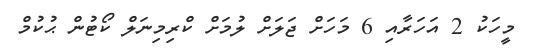
މީހަކު 2 އަހަރާއި 6 މަހަށް ޖަލަށް ލުމަށް ކްރިމިނަލް ކޯޓުން ޙުކުމް